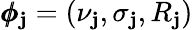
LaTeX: \pmb{\phi}_{\mathbf{j}}=(\nu_{\mathbf{j}},\sigma_{\mathbf{j}},R_{\mathbf{j}})